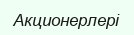
Акционерлері